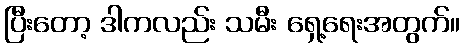
ပြီးတော့ ဒါကလည်း သမီး ရှေ့ရေးအတွက်။